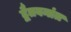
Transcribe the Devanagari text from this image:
द्वैतवनांत